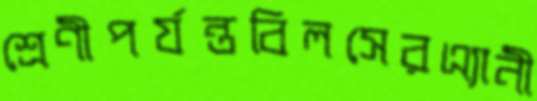
শ্রেণীপর্যন্তবিলসেরএ্যানী